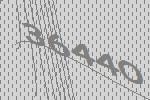
36440